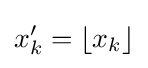
x_{k}'=\left\lfloor x_{k}\right\rfloor